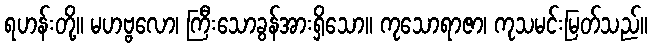
ရဟန်းတို့။ မဟဗ္ဗလော၊ ကြီးသောခွန်အားရှိသော။ ကုသောရာဇာ၊ ကုသမင်းမြတ်သည်။